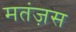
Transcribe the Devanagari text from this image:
मतंज़स